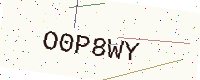
Text: O0P8WY